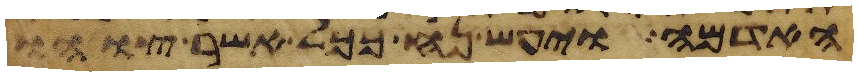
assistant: האדמה ויעש נח ככל אשר צוהו